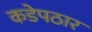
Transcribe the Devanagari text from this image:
कडेपठार